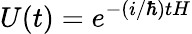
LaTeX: U(t)=e^{-(i/\hbar)tH}